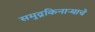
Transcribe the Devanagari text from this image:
समुद्रकिनाऱ्याचे